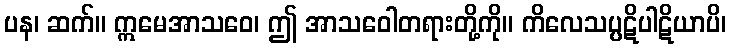
ပန၊ ဆက်။ ဣမေအာသဝေ၊ ဤ အာသဝေါတရားတို့ကို။ ကိလေသပ္ပဋိပါဋိယာပိ၊